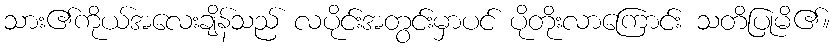
သား၏ကိုယ်အလေးချိန်သည် လပိုင်းအတွင်းမှာပင် ပိုတိုးလာကြောင်း သတိပြုမိ၏။